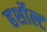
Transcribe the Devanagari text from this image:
हर्शोल्ट